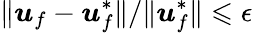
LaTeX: \| \boldsymbol{u}_{f}-\boldsymbol{u}_{f}^{*}\| /\| \boldsymbol{u}_{f}^{*}\| \leqslant\epsilon